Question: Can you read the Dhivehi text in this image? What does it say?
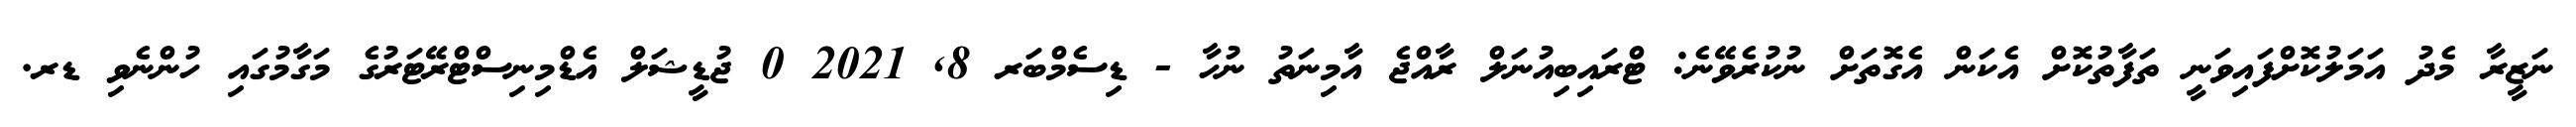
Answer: ނަޒީރާ މެދު އަމަލުކޮށްފައިވަނީ ތަފާތުކޮށް އެކަން އެގޮތަށް ނުކުރެވޭނެ: ޓްރައިބިއުނަލް ރާއްޖެ އާމިނަތު ނުހާ - ޑިސެމްބަރ 8, 2021 0 ޖުޑީޝަލް އެޑްމިނިސްޓްރޭޓަރުގެ މަގާމުގައި ހުންނެވި ޑރ.